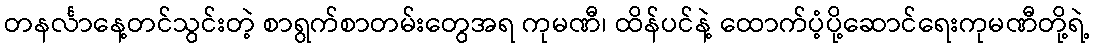
တနင်္လာနေ့တင်သွင်းတဲ့ စာရွက်စာတမ်းတွေအရ ကုမဏီ၊ ထိန်ပင်နဲ့ ထောက်ပံ့ပို့ဆောင်ရေးကုမဏီတို့ရဲ့